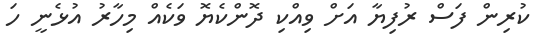
ކުރިން ފަސް ރުފިޔާ އަށް ވިއްކި ދޮންކެޔޮ ވަކެއް މިހާރު އުޅެނީ ހަ